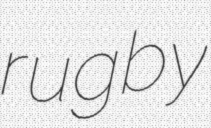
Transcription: rugby